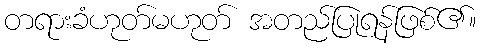
တရားခံဟုတ်မဟုတ် အတည်ပြုရန်ဖြစ်၏။